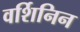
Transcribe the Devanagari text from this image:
वर्शिनिन